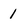
Character: 1